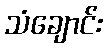
သံချောင်း